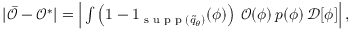
\begin{array} { r } { \vert \bar { \mathcal { O } } - \mathcal { O } ^ { * } \vert = \Big \vert \int \left( 1 - 1 _ { { \textrm { s u p p } } ( \widetilde { q } _ { \theta } ) } ( \phi ) \right) \, \mathcal { O } ( \phi ) \, p ( \phi ) \, \mathcal { D } [ \phi ] \Big \vert \, , } \end{array}